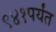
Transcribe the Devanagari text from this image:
९४१पर्यंत